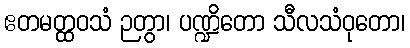
ဧတမတ္ထဝသံ ဉတွာ၊ ပဏ္ဍိတော သီလသံဝုတော၊